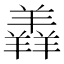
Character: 羴